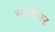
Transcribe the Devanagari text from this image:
मोर्तीमर